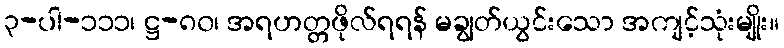
၃-ပါ-၁၁၁၊ ဋ္ဌ-၈၀၊ အရဟတ္တဖိုလ်ရရန် မချွတ်ယွင်းသော အကျင့်သုံးမျိုး။